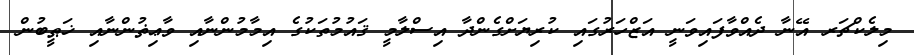
މިލެކްޗަރ އޭނާ ދެއްވާފައިވަނީ އަޒްހަރުގައި ކުރިޔަށްގެންދާ އިސްލާމީ ޤައުމުތަކުގެ އިމާމުންނާއި ވާޢިޡުންނާއި ޚަޠީބުން